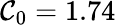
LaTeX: \mathcal{C}_{0}=1.74